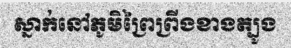
ស្នាក់នៅភូមិព្រៃព្រីងខាងត្បូង